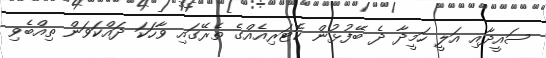
ސައީދާއި އަލީ ހަމީދާ ދެ ބޭފުޅުން ކޮޓަރިއެއްގެ ތެރޭގައި ވާހަކަ ދައްކަވަން ތިއްބެވި